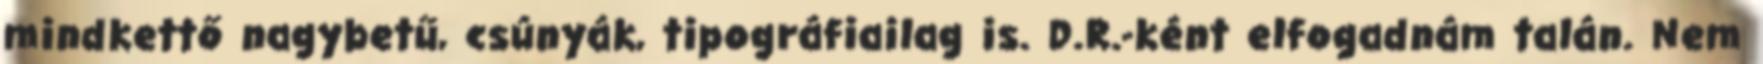
mindkettő nagybetű, csúnyák, tipográfiailag is. D.R.-ként elfogadnám talán. Nem